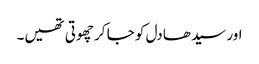
اور سیدھا دل کو جا کر چھوتی تھیں۔